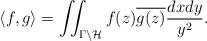
LaTeX: \begin{align*} \langle f, g \rangle = \iint_{\Gamma \backslash \mathcal{H}} f(z) \overline{g(z)} \frac{dx dy}{y^2}.\end{align*}